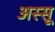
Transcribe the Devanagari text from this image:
अस्सू